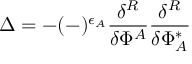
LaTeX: \Delta = - ( - ) ^ { \epsilon _ { A } } \frac { \delta ^ { R } } { \delta \Phi ^ { A } } \frac { \delta ^ { R } } { \delta \Phi _ { A } ^ { * } }